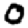
Digit: 0